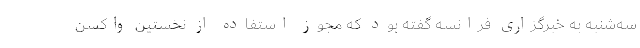
سه‌شنبه به خبرگزاری فرانسه گفته بود که مجوز استفاده از نخستین واکسن